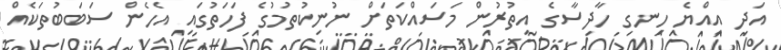
އަދި އިއްޔެ ހިނގި ހާދިސާގެ އިތުރުން މަސައްކަތަށް ނުނިކުތުމުގެ ފަހަތުގައި އެހެން ސަބަބުތަކެއް